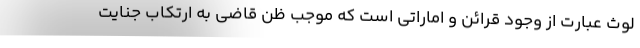
لوث عبارت از وجود قرائن و اماراتی است که موجب ظن قاضی به ارتکاب جنایت